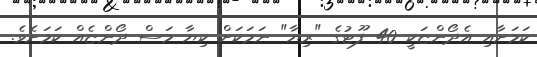
ކަމަށާއި އެދޯންޏަކީ 40 ފޫޓުގެ "ރިޔާ" ނަމަކަށް ކިޔާ މަސް ދޯންޏެއް ކަމަށެވެ.